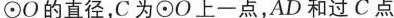
\odot O的直径，C为\odot O上一点，AD和过C点